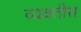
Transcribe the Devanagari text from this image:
व्यक्‍तीस